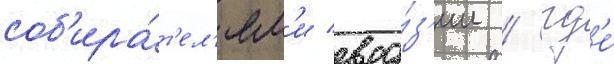
соб'ира́т'ел'ям'и евра́з'ии / гд'е́